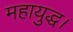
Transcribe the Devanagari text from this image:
महायुद्ध।